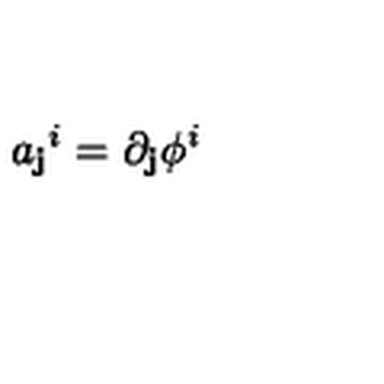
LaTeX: { a _ { \bf { j } } } ^ { i } = \partial _ { \bf { j } } \phi ^ { i }